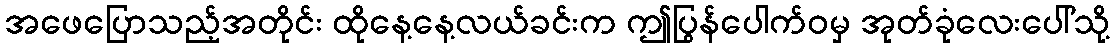
အဖေပြောသည့်အတိုင်း ထိုနေ့နေ့လယ်ခင်းက ဤပြွန်ပေါက်ဝမှ အုတ်ခုံလေးပေါ်သို့